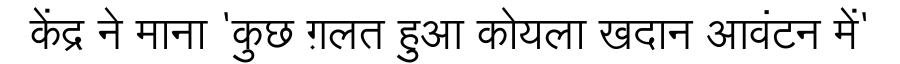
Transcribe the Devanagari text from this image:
केंद्र ने माना 'कुछ ग़लत हुआ कोयला खदान आवंटन में'